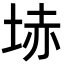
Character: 𡋽